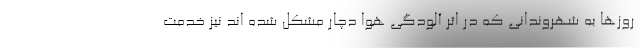
روزها به شهروندانی که در اثر آلودگی هوا دچار مشکل شده اند نیز خدمت